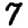
Digit: 7